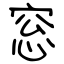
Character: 窓